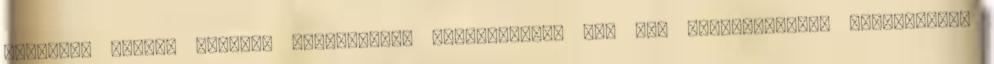
szoptató nőknél történő alkalmazása tekintetében nem áll rendelkezésre információ,